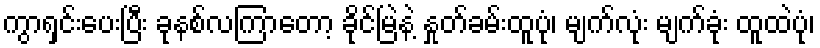
ကွာရှင်းပေးပြီး ခုနစ်လကြာတော့ ခိုင်မြဲနဲ့ နှုတ်ခမ်းထူပုံ၊ မျက်လုံး မျက်ခုံး ထူထဲပုံ၊